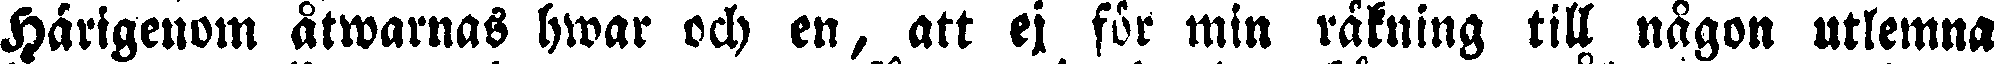
Härigenom åtwarnas hwar och en, att ej för min räkning till någon utlemna